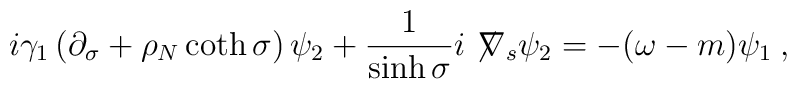
i\gamma_{1}\left(\partial_{\sigma}+\rho_N\coth\sigma\right)\psi_{2}+\frac{1}{\sinh\sigma}i\not\!\nabla_s\psi_{2}=-(\omega-m)\psi_{1} \:,